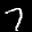
Label: 7